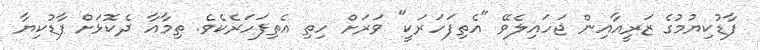
ފާޑުކިޔުމުގެ ޒަރީއާއިން ޖަހައިލެވޭ "އެތިފަހަރަކީ" ވަރަށް ހިތި އެތިފަހަރެކެވެ. ތިމާއާ ދެކޮޅަށް ފާޑުކިޔާ